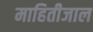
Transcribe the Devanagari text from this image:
माहितीजाल